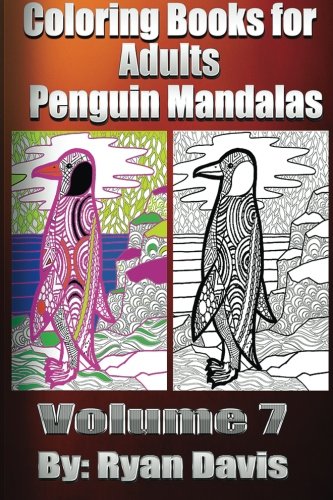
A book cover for Coloring Books for Adults - Penguin Mandalas (Animals & Mandalas ); Ryan Davis; Comics & Graphic Novels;